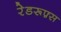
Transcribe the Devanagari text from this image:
रेडरूफ़्स